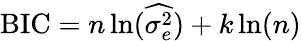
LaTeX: \mathrm{BIC}=n\ln({\widehat{\sigma_{e}^{2}}})+k\ln(n)